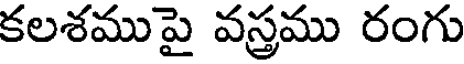
కలశముపై వస్త్రము రంగు